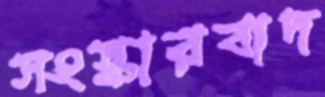
সংস্কারবাদ